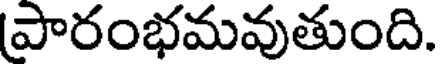
పారంభమవుతుంది.